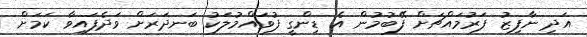
އަދި ނާފިޒު ފަރުމައްޗަށް ފޭބުމުން އެ ޑިންގީ ފުވައްމުލަކު ބަނދަރަށް ވަދެފައިވާ ކަމަށް